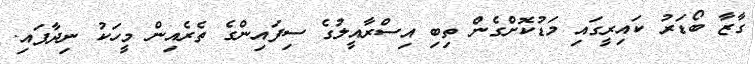
ގާޒާ ބޯޑަރު ކައިރީގައި މަޑުކޮށްގެން ތިބި އިސްރާއީލުގެ ސިފައިންގެ ތެރެއިން މީހަކު ނިދާފައި.